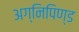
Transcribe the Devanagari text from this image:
अग्निपिण्ड